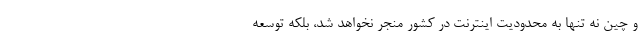
و چین نه تنها به محدودیت اینترنت در کشور منجر نخواهد شد، بلکه توسعه